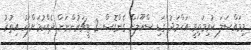
މިމައްސަލަ ކުރިމަތިވީ އަޙްމަދު ގަޑި ސްކޫލަށް ގެންގޮސް 2 ޓީޗަރުންނަށް ދެއްކުމަށްފަހު އިތުރު